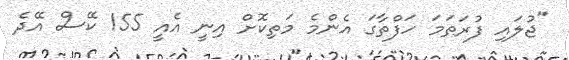
"ޖުލައި ފުރަތަމަ ހަފްތާގަ އެންމެ މަތިކޮށް އިނީ އެއީ 155 ކޭސް އޭދެ